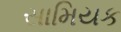
સામિયક